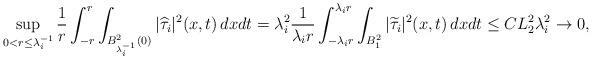
LaTeX: \begin{align*}\sup_{0<r\le \lambda_i^{-1}} \frac1{r}\int_{-r}^{r}\int_{B^2_{\lambda_i^{-1}}(0)} |\widehat\tau_i|^2(x,t)\,dxdt=\lambda_i^2 \frac1{\lambda_ir}\int_{-\lambda_i r}^{\lambda_i r}\int_{B_1^2}|\widetilde\tau_i|^2(x,t)\,dxdt\le CL_2^2\lambda_i^2\rightarrow 0,\end{align*}